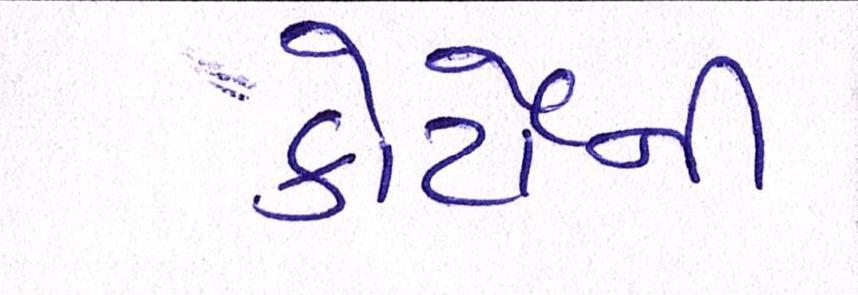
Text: કોર્ટોની